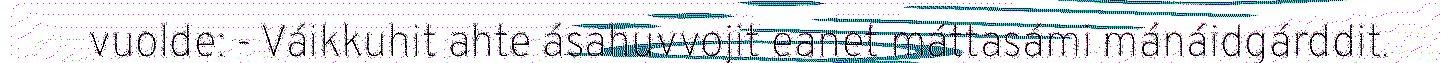
vuolde: - Váikkuhit ahte ásahuvvojit eanet máttasámi mánáidgárddit.